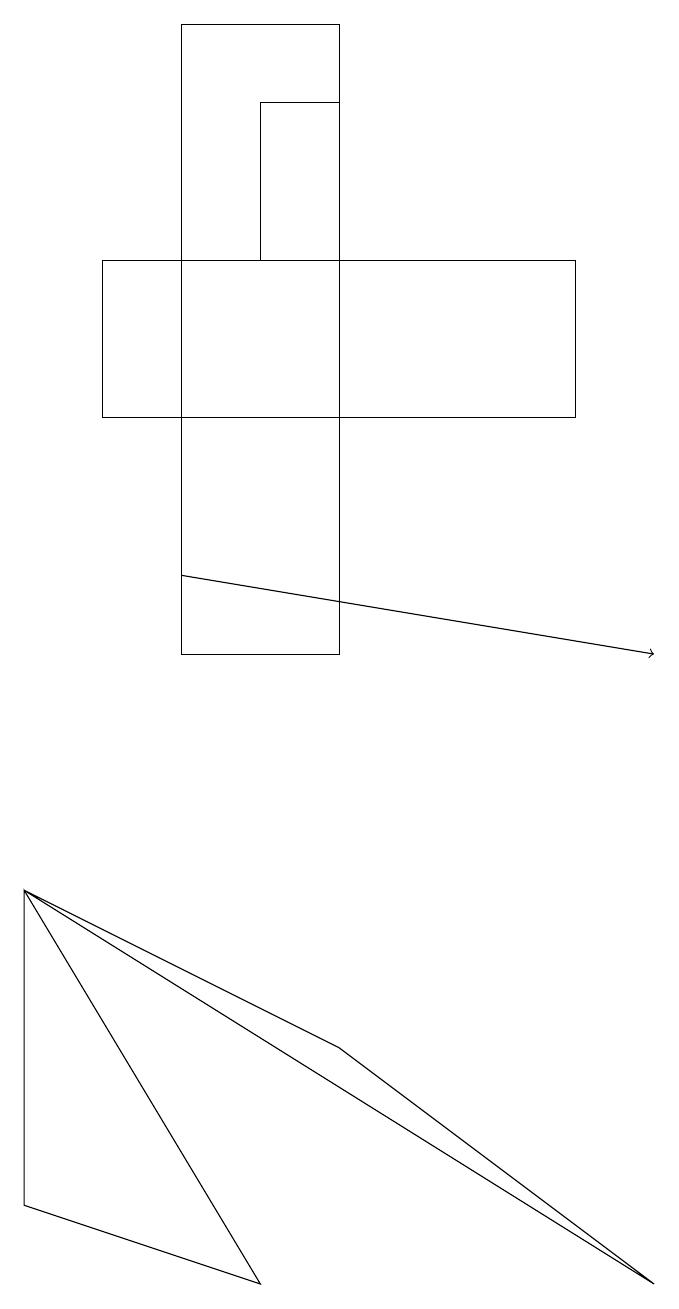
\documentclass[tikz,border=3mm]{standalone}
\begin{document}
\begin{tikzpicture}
\draw (4,6) -- (8,3) -- (0,8) -- cycle;
\draw (2,19) rectangle (4,11);
\draw[->] (2,12) -- (8,11);
\draw (7,16) rectangle (1,14);
\draw (0,8) -- (0,4) -- (3,3) -- cycle;
\draw (4,16) rectangle (3,18);
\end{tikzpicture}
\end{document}